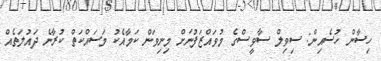
ހިސާން ހުސެއިން: ސިވިލް ސާވީސްގެ މުވައްޒަފުނަށް މިނިވަން ކަމާއެކު މަސައްކަތް ކުރާނެ ދައުލަތެއް